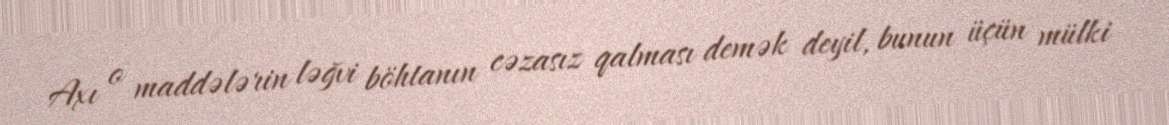
Axı o maddələrin ləğvi böhtanın cəzasız qalması demək deyil, bunun üçün mülki